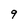
Character: 9